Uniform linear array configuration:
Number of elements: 16
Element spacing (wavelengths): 1
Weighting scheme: kaiser
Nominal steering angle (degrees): -45
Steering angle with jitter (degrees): -44.928
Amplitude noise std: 0.05
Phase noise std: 0.05

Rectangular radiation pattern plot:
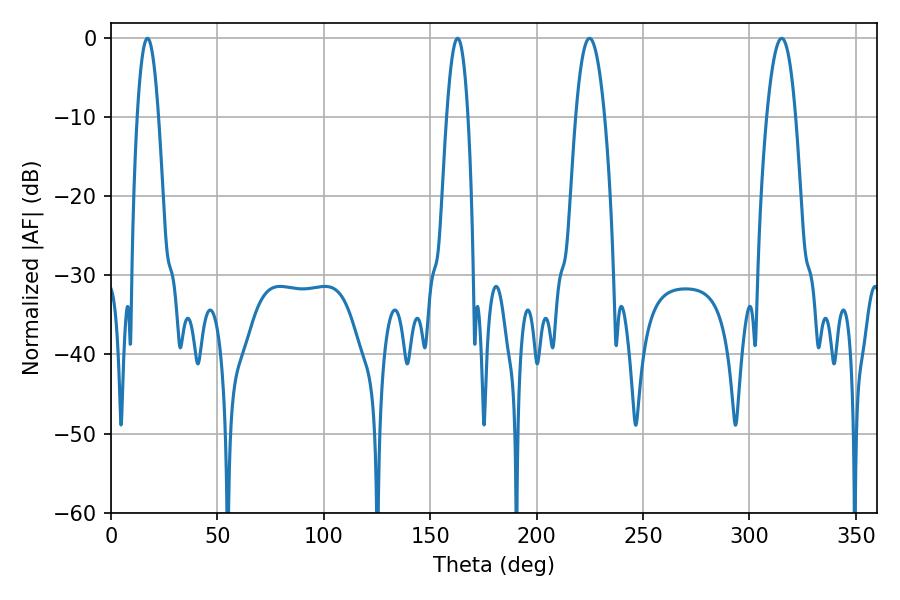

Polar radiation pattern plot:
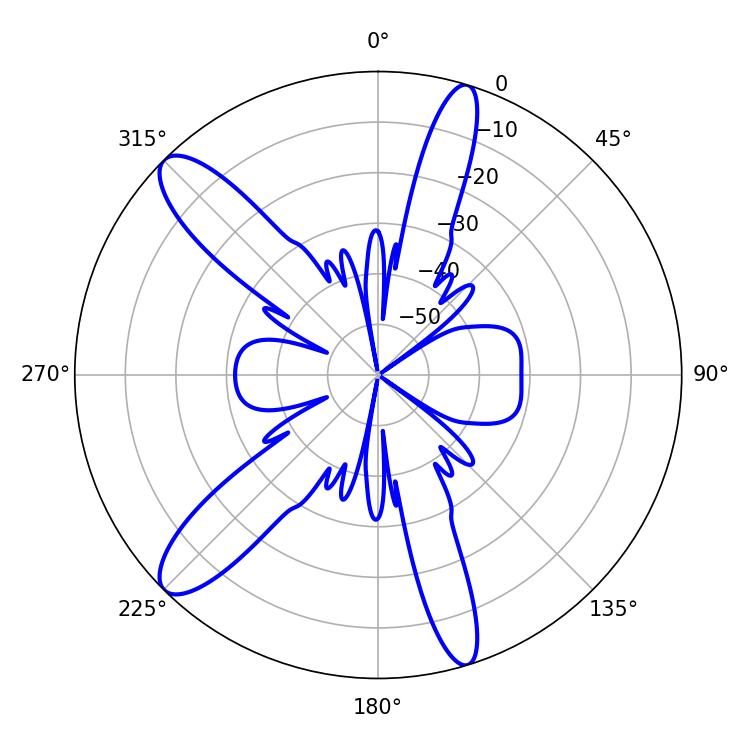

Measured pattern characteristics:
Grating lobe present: TRUE
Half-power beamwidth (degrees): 7.56
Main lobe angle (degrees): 224.82